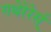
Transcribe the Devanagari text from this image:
गथेरेरेर्स्